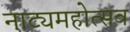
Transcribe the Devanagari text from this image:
नाट्यमहोत्सव